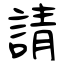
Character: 請